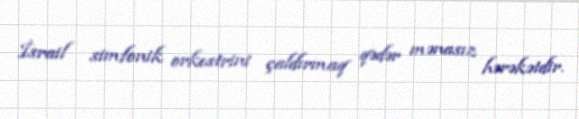
İsrail simfonik orkestrini çaldırmaq qədər mənasız hərəkətdir.